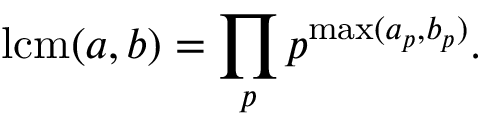
\operatorname { l c m } ( a , b ) = \prod _ { p } p ^ { \operatorname* { m a x } ( a _ { p } , b _ { p } ) } .